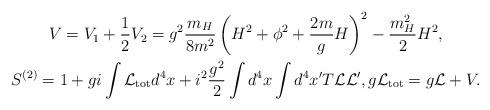
LaTeX: \begin{gather*}V = V_{1}+\frac{1}{2}V_{2}=g^{2}\frac{m_{H}}{8m^{2}}\left(H^{2}+\phi ^{2}+\frac{2m}{g}H\right)^{2}-\frac{m_{H}^{2}}{2}H^{2}, \\S^{(2)} = 1+gi\int {\mathcal L}_{\rm tot}d^{4}x+i^{2}\frac{g^{2}}{2}\int d^{4}x\int d^{4}x^{\prime }T{\mathcal L}{\mathcal L}^{\prime},g{\mathcal L}_{\rm tot}=g{\mathcal L}+V.\end{gather*}